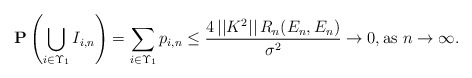
\begin{align*}{\bf P}\left( \bigcup_{i\in \Upsilon _{1}}I_{i,n}\right) =\sum_{i\in\Upsilon _{1}}p_{i,n}\leq \frac{4\,||K^{2}||\,R_{n}(E_{n},E_{n})}{\sigma ^{2}}\rightarrow 0,\mbox{as }n\rightarrow \infty . \end{align*}